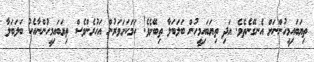
ތިޔަބައިމީހުންނަށް އެނގޭނެތެވެ. އަދި ތިޔަބައިމީހުން ބަލަބަލާ ތިބޭށެވެ! ހަމަކަށަވަރުން އަހުރެންވެސް ތިޔަބައިމީހުންނާއެކު ބަލަބަލާ